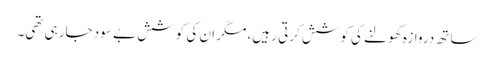
ساتھ دروازہ کھولنے کی کوشش کرتی رہیں، مگر ان کی کوشش بے سود جارہی تھی۔